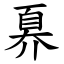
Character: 奡